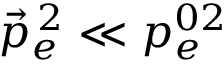
\vec { p } _ { e } ^ { \, 2 } \ll p _ { e } ^ { 0 2 }